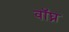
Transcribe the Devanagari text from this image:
वॉघ्न